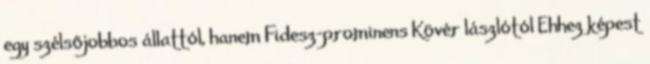
egy szélsőjobbos állattól, hanem Fidesz-prominens Kövér lászlótól Ehhez képest